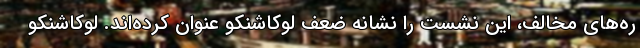
ره‌های مخالف، این نشست را نشانه ضعف لوکاشنکو عنوان کرده‌اند. لوکاشنکو